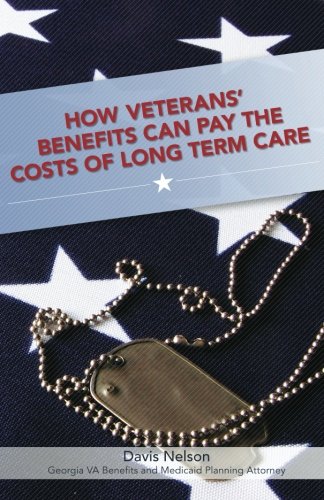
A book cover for How Veterans' Benefits Can Pay the Costs of Long Term Care: The Veteran's Guide to Protecting You and Your Family From Devastating Long Term Care Costs in Georgia (Revised 2013 Edition); Davis Nelson; Law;